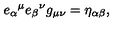
{ e _ { \alpha } } ^ { \mu } { e _ { \beta } } ^ { \nu } g _ { \mu \nu } = \eta _ { \alpha \beta } ,